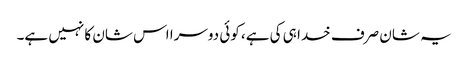
یہ شان صرف خدا ہی کی ہے، کوئی دوسرا اس شان کا نہیں ہے۔